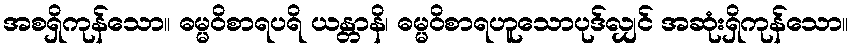
အစရှိကုန်သော။ ဓမ္မဝိစာရပရိ ယန္တာနိ၊ ဓမ္မဝိစာရဟူသောပုဒ်လျှင် အဆုံးရှိကုန်သော။